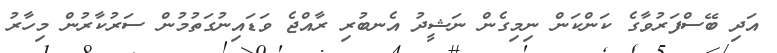
އަދި ބޭސްފަރުވާގެ ކަންކަން ނިމިގެން ނަޝީދު އެނބުރި ރާއްޖެ ވަޑައިނުގަތުމުން ސަރުކާރުން މިހާރު